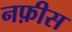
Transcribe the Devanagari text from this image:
नफ़ीस